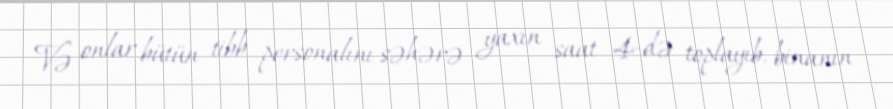
Və onlar bütün tibb personalını səhərə yaxın saat 4-də toplayıb, binanın